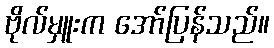
ဗိုလ်မှူးက အော်ပြန်သည်။